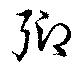
郷